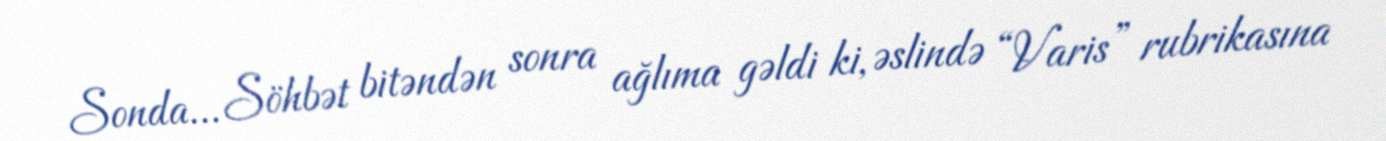
Sonda... Söhbət bitəndən sonra ağlıma gəldi ki, əslində “Varis” rubrikasına